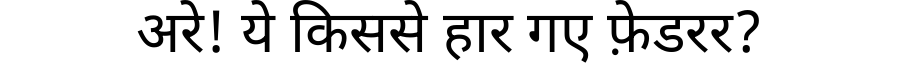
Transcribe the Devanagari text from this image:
अरे! ये किससे हार गए फ़ेडरर?